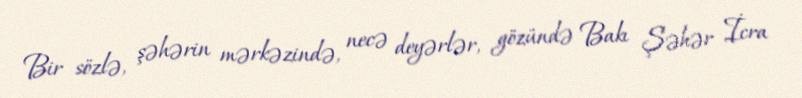
Bir sözlə, şəhərin mərkəzində, necə deyərlər, gözündə Bakı Şəhər İcra